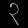
Digit: ၃